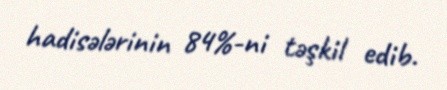
hadisələrinin 84%-ni təşkil edib.